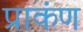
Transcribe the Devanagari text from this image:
प्राकंण